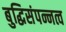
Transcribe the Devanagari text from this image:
बुद्धिसंपन्नत्व